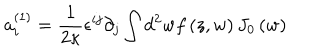
LaTeX: a _ { i } ^ { \left( 1 \right) } = \frac { 1 } { 2 \kappa } \epsilon ^ { i j } \partial _ { j } \int d ^ { 2 } w f \left( z , w \right) J _ { 0 } \left( w \right)